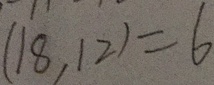
( 1 8 , 1 2 ) = 6